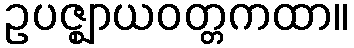
ဥပဇ္ဈာယဝတ္တကထာ။